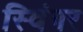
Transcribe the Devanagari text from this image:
स्विंगर